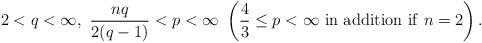
LaTeX: \begin{align*} 2<q<\infty, \ \frac{nq}{2(q-1)}<p<\infty \ \left( \frac{4}{3} \leq p<\infty\ \mathrm{in \ addition \ if} \ n=2 \right).\end{align*}